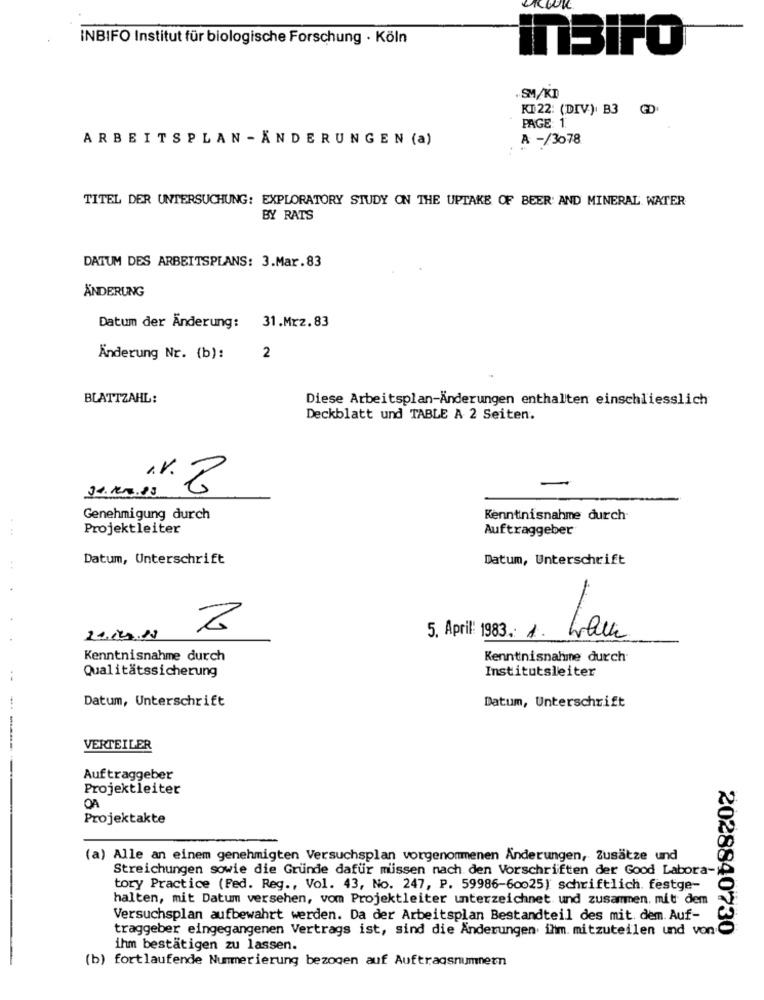
INBIFO Institut für biologische Forschung · Köln
inBiFO
.SM/KD
KI 22: (DIV). B3
PAGE: 1.
ARBEITSPLAN - ÄNDERUNGEN (a)
A -/3078
TITEL DER UNTERSUCHUNG: EXPLORATORY STUDY ON THE UPTAKE OF BEER: AND MINERAL WATER
BY RATS
DATUM DES ARBEITSPLANS: 3.Mar.83
ÄNDERUNG
Datum der Änderung: 31.Mrz.83
Änderung Nr. (b):
2
BLATTZAHL:
Diese Arbeitsplan-Änderungen enthalten einschliesslich
Deckblatt und TABLE A 2 Seiten.
Genehmigung durch
Kenntnisnahme durch-
Projektleiter
Auftraggeber
Datum, Unterschrift
Datum, Unterschrift
5. April: 1983. 1. Wann
24.12.18
Kenntnisnahme durch
Kenntnisnahme durch
Institutsleiter
Qualitätssicherung
Datum, Unterschrift
Datum, Unterschrift
VERTEILER
Auftraggeber
Projektleiter
OA
Projektakte
(a) Alle an einem genehmigten Versuchsplan vorgenommenen Änderungen, Zusätze und
Streichungen sowie die Gründe dafür missen nach den Vorschriften der Good Labora-
tory Practice (Fed. Reg ., Vol. 43, No. 247, P. 59986-60025) schriftlich. festge-
halten, mit Datum versehen, vom Projektleiter unterzeichnet und zusammen. mit dem
Versuchsplan aufbewahrt werden. Da der Arbeitsplan Bestandteil des mit. dem. Auf-
traggeber eingegangenen Vertrags ist, sind die Änderungen inm. mitzuteilen und von-C
2028840730
ihm bestätigen zu lassen.
(b) fortlaufende Nummerierung bezogen auf Auftragsnummer